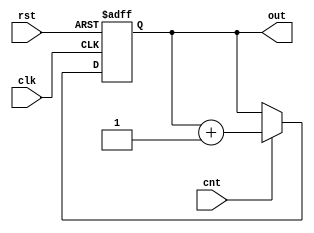
module Counter8 (clk, rst, cnt, out);
    input clk ,rst ,cnt;
    output reg[7 : 0] out;

    always @(posedge clk, posedge rst) begin
        if(rst) 
            out = 1'd0;
        else if(cnt)
            out = out + 1'd1;
    end
endmodule